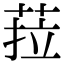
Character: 菈